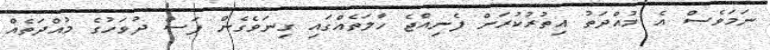
ނަމަވެސް އެ މުއްދަތު އިތުރުކުރަން ފެނިއްޖެ ހާލަތެއްގައި ގިނަވެގެން ފަސް ދުވަހުގެ މުއްދަތެއް